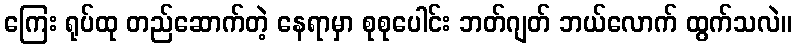
ကြေး ရုပ်ထု တည်ဆောက်တဲ့ နေရာမှာ စုစုပေါင်း ဘတ်ဂျတ် ဘယ်လောက် ထွက်သလဲ။